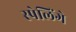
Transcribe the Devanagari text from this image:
स्पेलिंगे